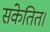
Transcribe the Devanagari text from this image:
संकेतित।